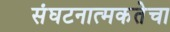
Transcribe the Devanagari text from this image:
संघटनात्मकतेचा